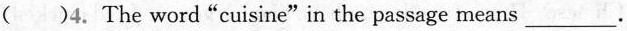
( )4. The word"cuisine"in the passage means ___.